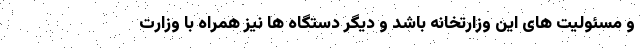
و مسئولیت های این وزارتخانه باشد و دیگر دستگاه ها نیز همراه با وزارت